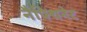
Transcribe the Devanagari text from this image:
नैफ्थिनेट